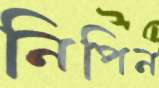
নিপিন